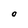
Character: O